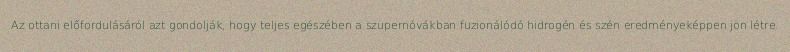
Az ottani előfordulásáról azt gondolják, hogy teljes egészében a szupernóvákban fuzionálódó hidrogén és szén eredményeképpen jön létre.